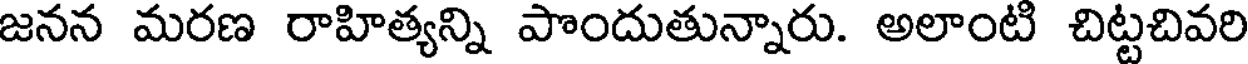
జనన మరణ రాహిత్యన్ని పొందుతున్నారు. అలాంటి చిట్టచివరి